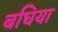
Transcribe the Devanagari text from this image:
बघिया